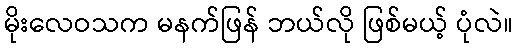
မိုးလေဝသက မနက်ဖြန် ဘယ်လို ဖြစ်မယ့် ပုံလဲ။